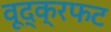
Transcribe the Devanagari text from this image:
वूद्क्रफट